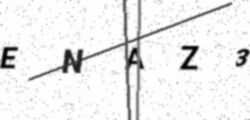
Text: ENAZ3